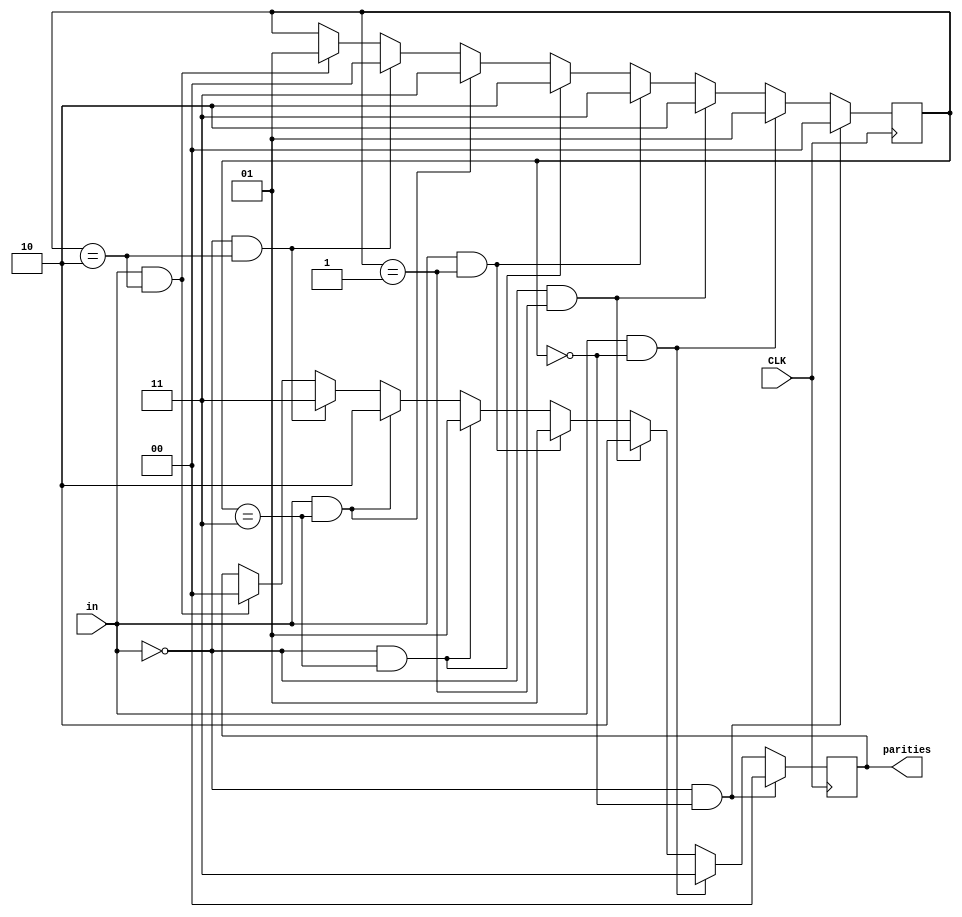
//a convolutional encoder (r=2 and code rate = 1/2)
//V1 is for code rate 1/2 and V2 is for code rate 3/4
module Convolutional_Encoder_V1(in,parities,CLK);
    input wire in;
    input wire CLK;
    output reg [1:0]parities;
	reg [1:0]state = 2'b00; 
	 
	 
	always@(posedge CLK)
            begin
                if(in == 1'b0 && state == 2'b00) 
                    begin
                        parities = 2'b00;
                        state = 2'b00;
                    end
                else if(in == 1'b1 && state == 2'b00)
                    begin
                        parities = 2'b11;
                        state = 2'b01;
                    end
                else if(in == 1'b0 && state == 2'b01)
                    begin
                        parities = 2'b10;
                        state = 2'b10;
                    end
                else if(in == 1'b1 && state == 2'b01)
                    begin
                        parities = 2'b01;
                        state = 2'b11;
                    end
                else if(in == 1'b0 && state == 2'b11)
                    begin
                        parities = 2'b01;
                        state = 2'b10;
                    end
                else if(in == 1'b1 && state == 2'b11)
                    begin
                        parities = 2'b10;
                        state = 2'b11;
                    end
                else if(in == 1'b0 && state == 2'b10)
                    begin
                        parities = 2'b11;
                        state = 2'b00;
                    end
                else if(in == 1'b1 && state == 2'b10)
                    begin
                        parities = 2'b00;
                        state = 2'b01;
                    end
        end
endmodule